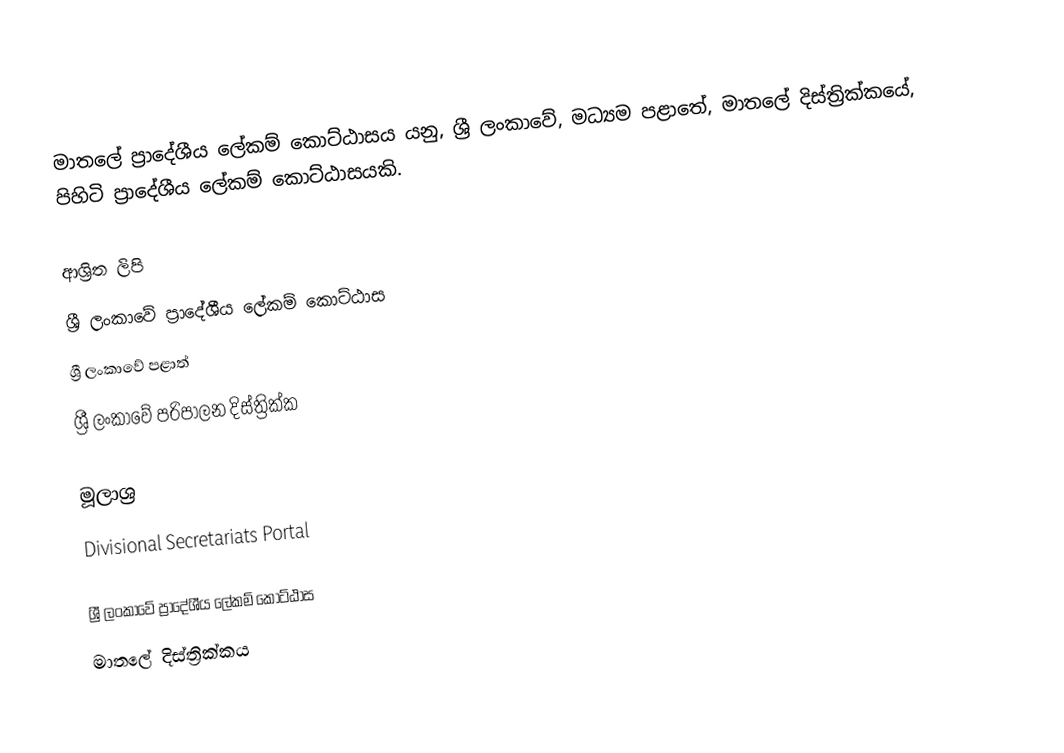
මාතලේ ප්‍රාදේශීය ලේකම් කොට්ඨාසය යනු,  ශ්‍රී ලංකාවේ, මධ්‍යම පළාතේ,   මාතලේ දිස්ත්‍රික්කයේ, පිහිටි ප්‍රාදේශීය ලේකම් කොට්ඨාසයකි.

ආශ්‍රිත ලිපි
ශ්‍රී ලංකාවේ ප්‍රාදේශීය ලේකම් කොට්ඨාස
ශ්‍රී ලංකාවේ පළාත්
ශ්‍රී ලංකාවේ පරිපාලන දිස්ත්‍රික්ක

මූලාශ්‍ර
 Divisional Secretariats Portal

ශ්‍රී ලංකාවේ ප්‍රාදේශීය ලේකම් කොට්ඨාස
මාතලේ දිස්ත්‍රික්කය